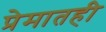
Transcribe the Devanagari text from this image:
प्रेमातही